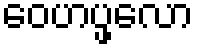
ဝေဟပ္ဖလော